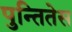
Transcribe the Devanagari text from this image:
पुन्तितेस